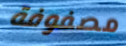
مصفوفة